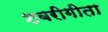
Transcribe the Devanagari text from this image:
शबरीगीता